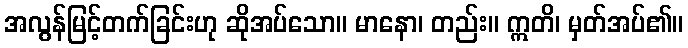
အလွန်မြင့်တက်ခြင်းဟု ဆိုအပ်သော။ မာနော၊ တည်း။ ဣတိ၊ မှတ်အပ်၏။